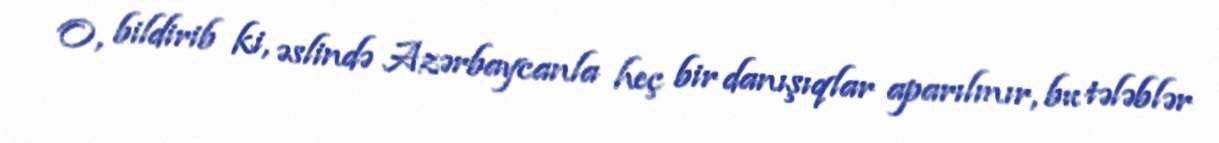
O, bildirib ki, əslində Azərbaycanla heç bir danışıqlar aparılmır, bu tələblər